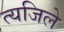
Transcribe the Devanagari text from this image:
त्यजिले